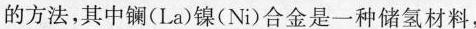
的方法，其中镧(La)镍(Ni)合金是一种储氢材料，